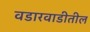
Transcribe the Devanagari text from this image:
वडारवाडीतील